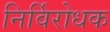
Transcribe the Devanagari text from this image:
निर्विरोधक